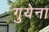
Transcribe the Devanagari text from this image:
गुयेना